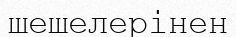
шешелерінен